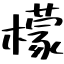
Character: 檬